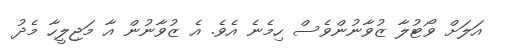
އަލަށް ވޯޓުލާ ޒުވާނުންވެސް ހިމެނެ އެވެ. އެ ޒުވާނުން އާ މަޖިލީހާ މެދު